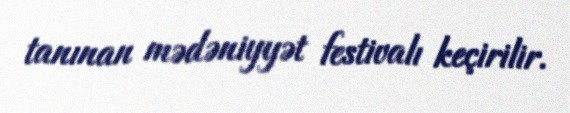
tanınan mədəniyyət festivalı keçirilir.